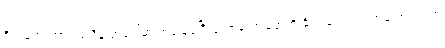
ဒီသဘောထားတူညီမှု အပေါ်မှာ အခြေခံပြီးတော့မှ ကျနော်တို့ နိုင်ငံရေးအရ တန်းတူရည်တူ